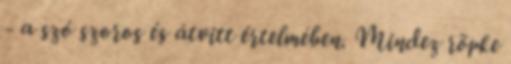
- a szó szoros és átvitt értelmében. Mindez röpke